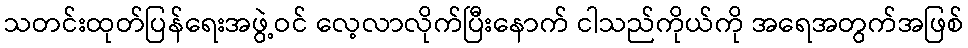
သတင်းထုတ်ပြန်ရေးအဖွဲ့ဝင် လေ့လာလိုက်ပြီးနောက် ငါသည်ကိုယ်ကို အရေအတွက်အဖြစ်